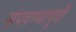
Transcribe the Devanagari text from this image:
संपवण्यापूर्वी